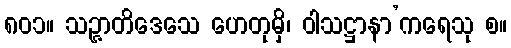
၈၀၁။ သဉ္ဇာတိဒေသေ ဟေတုမှိ၊ ဝါသဋ္ဌာနာ’ကရေသု စ။